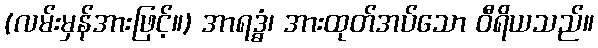
(လမ်းမှန်အားဖြင့်။) အာရဒ္ဓံ၊ အားထုတ်အပ်သော ဝီရိယသည်။